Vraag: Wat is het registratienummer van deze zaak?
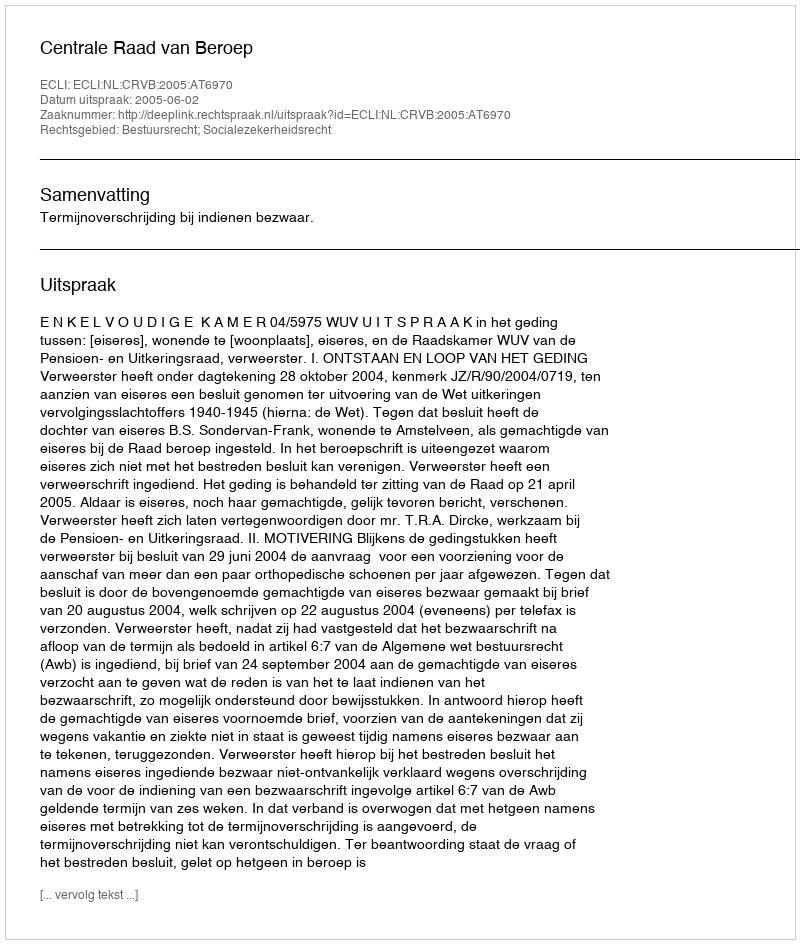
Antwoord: http://deeplink.rechtspraak.nl/uitspraak?id=ECLI:NL:CRVB:2005:AT6970